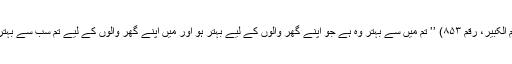
المعجم الکبیر، رقم ۸۵۳) ’’ تم میں سے بہتر وہ ہے جو اپنے گھر والوں کے لیے بہتر ہو اور میں اپنے گھر والوں کے لیے تم سب سے بہتر ہوں۔